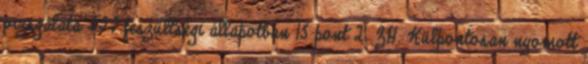
vizsgálata III.feszültségi állapotban 15 pont 2. ZH. Külpontosan nyomott